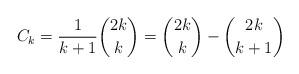
LaTeX: \begin{align*}C_k=\frac{1}{k+1}\binom{2k}{k}=\binom{2k}{k}-\binom{2k}{k+1}\end{align*}